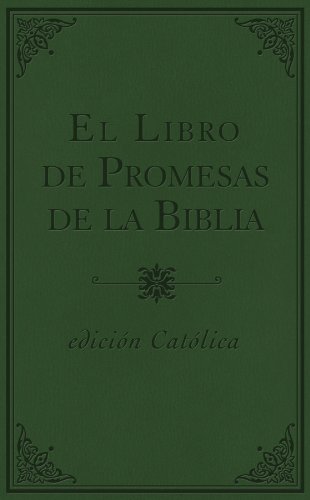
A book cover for El libro de promesas de la Biblia - CatÃ³lic: EdiciÃ³n catÃ³lica (Spanish Edition); Compiled by Barbour Staff; Christian Books & Bibles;